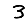
Digit: 3